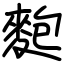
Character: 麭